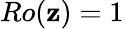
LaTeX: Ro(\mathbf{z})=1